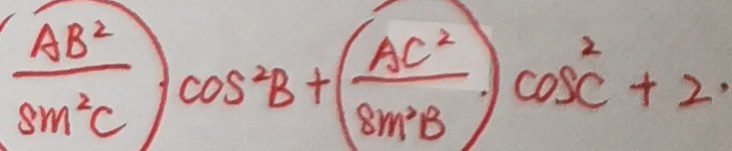
\textcircled { \frac { A B ^ { 2 } } { \sin ^ { 2 } C } } \cos ^ { 2 } B + \textcircled { \frac { A C ^ { 2 } } { \sin ^ { 2 } B } } \cos ^ { 2 } C + 2 \cdot